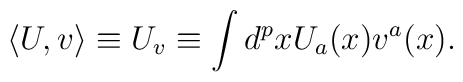
\langle U,v\rangle \equiv U_v \equiv \int d^p x U_a(x) v^a(x).